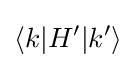
\langle k|H'|k'\rangle